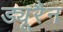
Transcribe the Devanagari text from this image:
ड्यूरैन